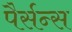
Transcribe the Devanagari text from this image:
पैर्सन्स